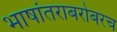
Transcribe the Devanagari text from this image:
भाषांतराबरोबरच